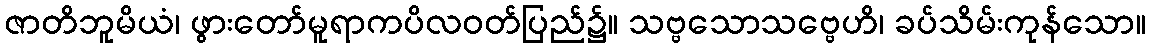
ဇာတိဘူမိယံ၊ ဖွားတော်မူရာကပိလဝတ်ပြည်၌။ သဗ္ဗသောသဗ္ဗေဟိ၊ ခပ်သိမ်းကုန်သော။